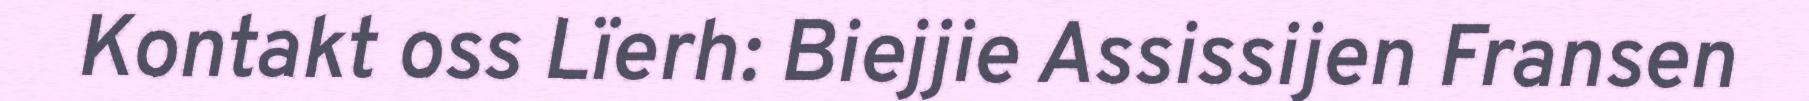
Kontakt oss Lïerh: Biejjie Assissijen Fransen